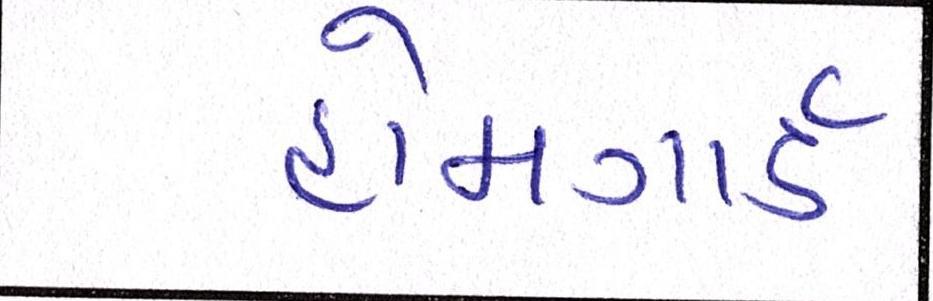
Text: હોમગાર્ડ